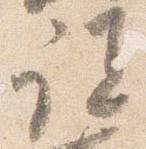
説